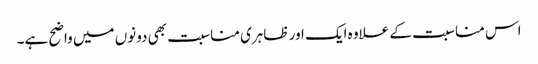
اس مناسبت کے علاوہ ایک اور ظاہری مناسبت بھی دونوں میں واضح ہے۔